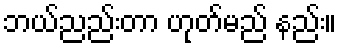
ဘယ်ညည်းတာ ဟုတ်မည် နည်း။